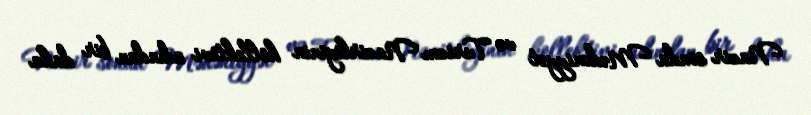
Nazir sonda Mədəniyyət və Turizm Nazirliyinin kollektivi adından bir daha